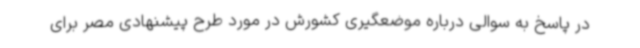
در پاسخ به سوالی درباره موضعگیری کشورش در مورد طرح پیشنهادی مصر برای